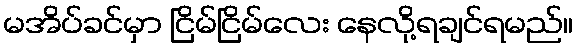
မအိပ်ခင်မှာ ငြိမ်ငြိမ်လေး နေလို့ရချင်ရမည်။